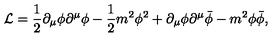
{ \cal L } = \frac { 1 } { 2 } { \partial } _ { \mu } \phi { \partial } ^ { \mu } \phi - \frac { 1 } { 2 } m ^ { 2 } \phi ^ { 2 } + { \partial } _ { \mu } \phi { \partial } ^ { \mu } { \bar { \phi } } - m ^ { 2 } \phi { \bar { \phi } } ,